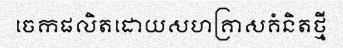
ចេកផលិតដោយសហគ្រាសគំនិតថ្មី